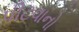
પીટવાનો